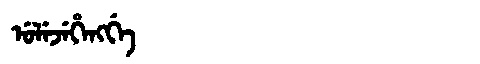
Manchu: ᡠᠯᡝᠵᡝᡥᡝᠩᡤᡝ
Romanization: ULEJEHENGGE